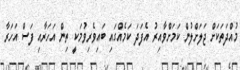
މުއްދަތަކަށް ޖަލަށްލުން ކަމަށްވާއިރު އެފަދަ ކަމެއްގައި ބައިވެރިވުމަކީ ތިން އަހަރާއި ފަސް އަހަރާ